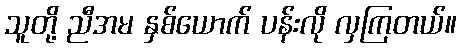
သူတို့ ညီအမ နှစ်ယောက် ပန်းလို လှကြတယ်။